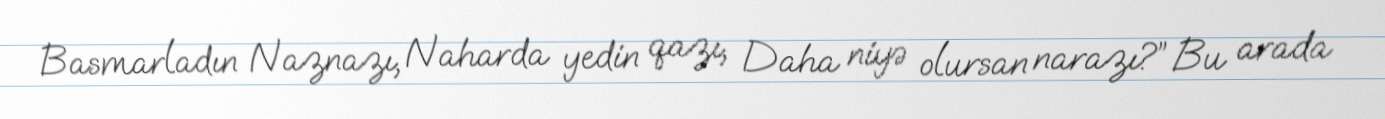
Basmarladın Naznazı, Naharda yedin qazı, Daha niyə olursan narazı?” Bu arada